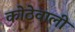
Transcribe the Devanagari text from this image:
कोठेवाली